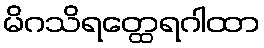
မိဂသိရတ္ထေရဂါထာ